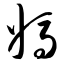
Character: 妈